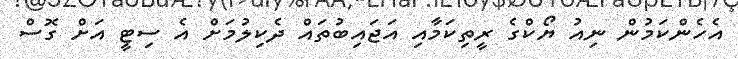
އެހެންކަމުން ނިއު ޔޯކްގެ ރީތިކަމާއި އަޖައިބުތައް ދެކިލުމަށް އެ ސިޓީ އަށް ގޮސް